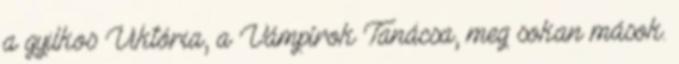
a gyilkos Viktória, a Vámpírok Tanácsa, meg sokan mások.